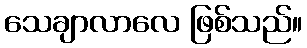
သေချာလာလေ ဖြစ်သည်။